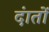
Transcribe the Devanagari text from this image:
दंातों